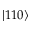
\left| 1 1 0 \right>